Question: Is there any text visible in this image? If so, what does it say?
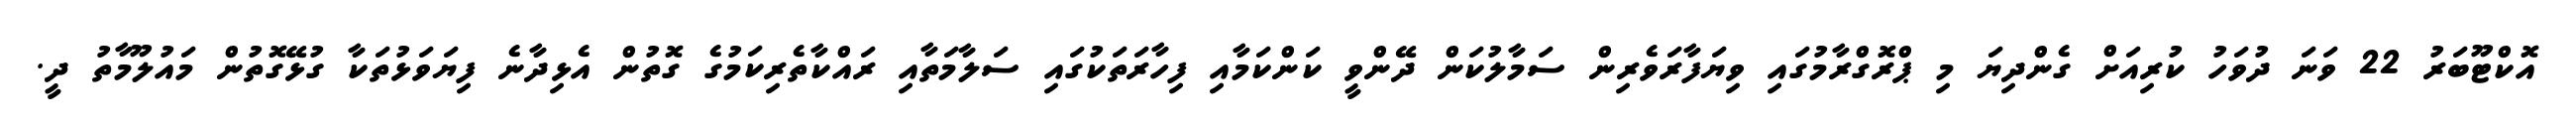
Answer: އޮކްޓޫބަރު 22 ވަނަ ދުވަހު ކުރިއަށް ގެންދިޔަ މި ޕްރޮގްރާމުގައި ވިޔަފާރަވެރިން ސަމާލުކަން ދޭންވީ ކަންކަމާއި ފިހާރަތަކުގައި ސަލާމަތާއި ރައްކާތެރިކަމުގެ ގޮތުން އެޅިދާނެ ފިޔަވަޅުތަކާ ގުޅޭގޮތުން މައުލޫމާތު ދީ.